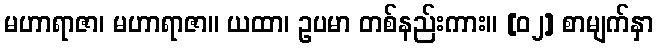
မဟာရာဇာ၊ မဟာရာဇာ။ ယထာ၊ ဥပမာ တစ်နည်းကား။ [၀၂] စာမျက်နှာ